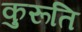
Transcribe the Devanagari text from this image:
कुरूति